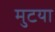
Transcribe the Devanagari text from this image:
मुटया